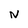
Character: N